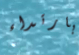
بارتداء